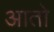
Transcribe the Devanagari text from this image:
आतो